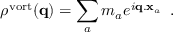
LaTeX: \rho ^ { \mathrm { v o r t } } ( { \bf q } ) = \sum _ { a } m _ { a } e ^ { i { \bf q . x } _ { a } } \, \, \, .